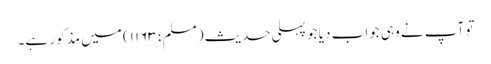
تو آپ نے وہی جواب دیا جو پہلی حدیث (مسلم؛ ۱۱۶۳) میں مذکور ہے۔